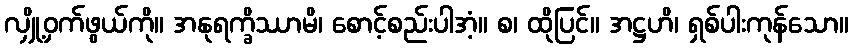
လျှို့ဝှက်ဖွယ်ကို။ အနုရက္ခိဿာမိ၊ စောင့်စည်းပါအံ့။ စ၊ ထိုပြင်။ အဋ္ဌဟိ၊ ရှစ်ပါးကုန်သော။